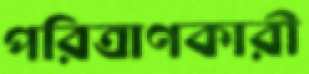
পরিত্রাণকারী